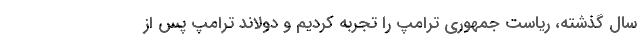
سال گذشته، ریاست جمهوری ترامپ را تجربه کردیم و دولاند ترامپ پس از